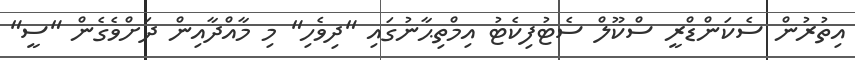
އިތުރުން ސެކަންޑްރީ ސްކޫލް ސެޓުފިކެޓު އިމްތިޙާނުގައި "ދިވެހި" މި މާއްދާއިން ދަށްވެގެން "ސީ"